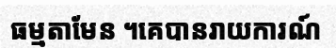
ធម្មតាមែន ។គេបានរាយការណ៍